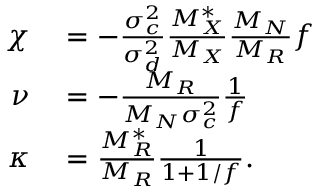
\begin{array} { r l } { \chi } & { { } = - \frac { \sigma _ { c } ^ { 2 } } { \sigma _ { d } ^ { 2 } } \frac { M _ { X } ^ { * } } { M _ { X } } \frac { M _ { N } } { M _ { R } } f } \\ { \nu } & { { } = - \frac { M _ { R } } { M _ { N } \sigma _ { c } ^ { 2 } } \frac { 1 } { f } } \\ { \kappa } & { { } = \frac { M _ { R } ^ { * } } { M _ { R } } \frac { 1 } { 1 + 1 / f } . } \end{array}